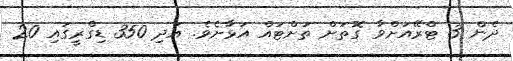
ދެން 3 ޓްރޭއަށްވާ ގޮތަށް ތަށްޓައް އަޅާށެވެ. އަދި 350 ޑިގްރީގައި 20